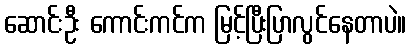
ဆောင်းဦး ကောင်းကင်က မြင့်ပြီးပြာလွင်နေတာပဲ။